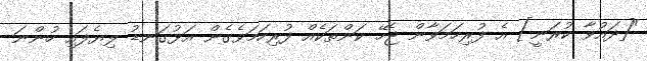
"[ދައުވާ ކުރަނީ] އެ ފުރިހަމަވާން ޖެހޭ ކަންތަކެއް ފުރިހަމަވެގެން އަޅުގަނޑު ލިޔެފައި ހުންނަ